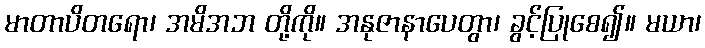
မာတာပိတရော၊ အမိအဘ တို့ကို။ အနုဇာနာပေတွာ၊ ခွင့်ပြုစေ၍။ မယာ၊